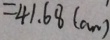
= 4 1 . 6 8 ( c m )